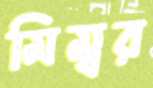
মিম্বর